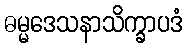
ဓမ္မဒေသနာသိက္ခာပဒံ